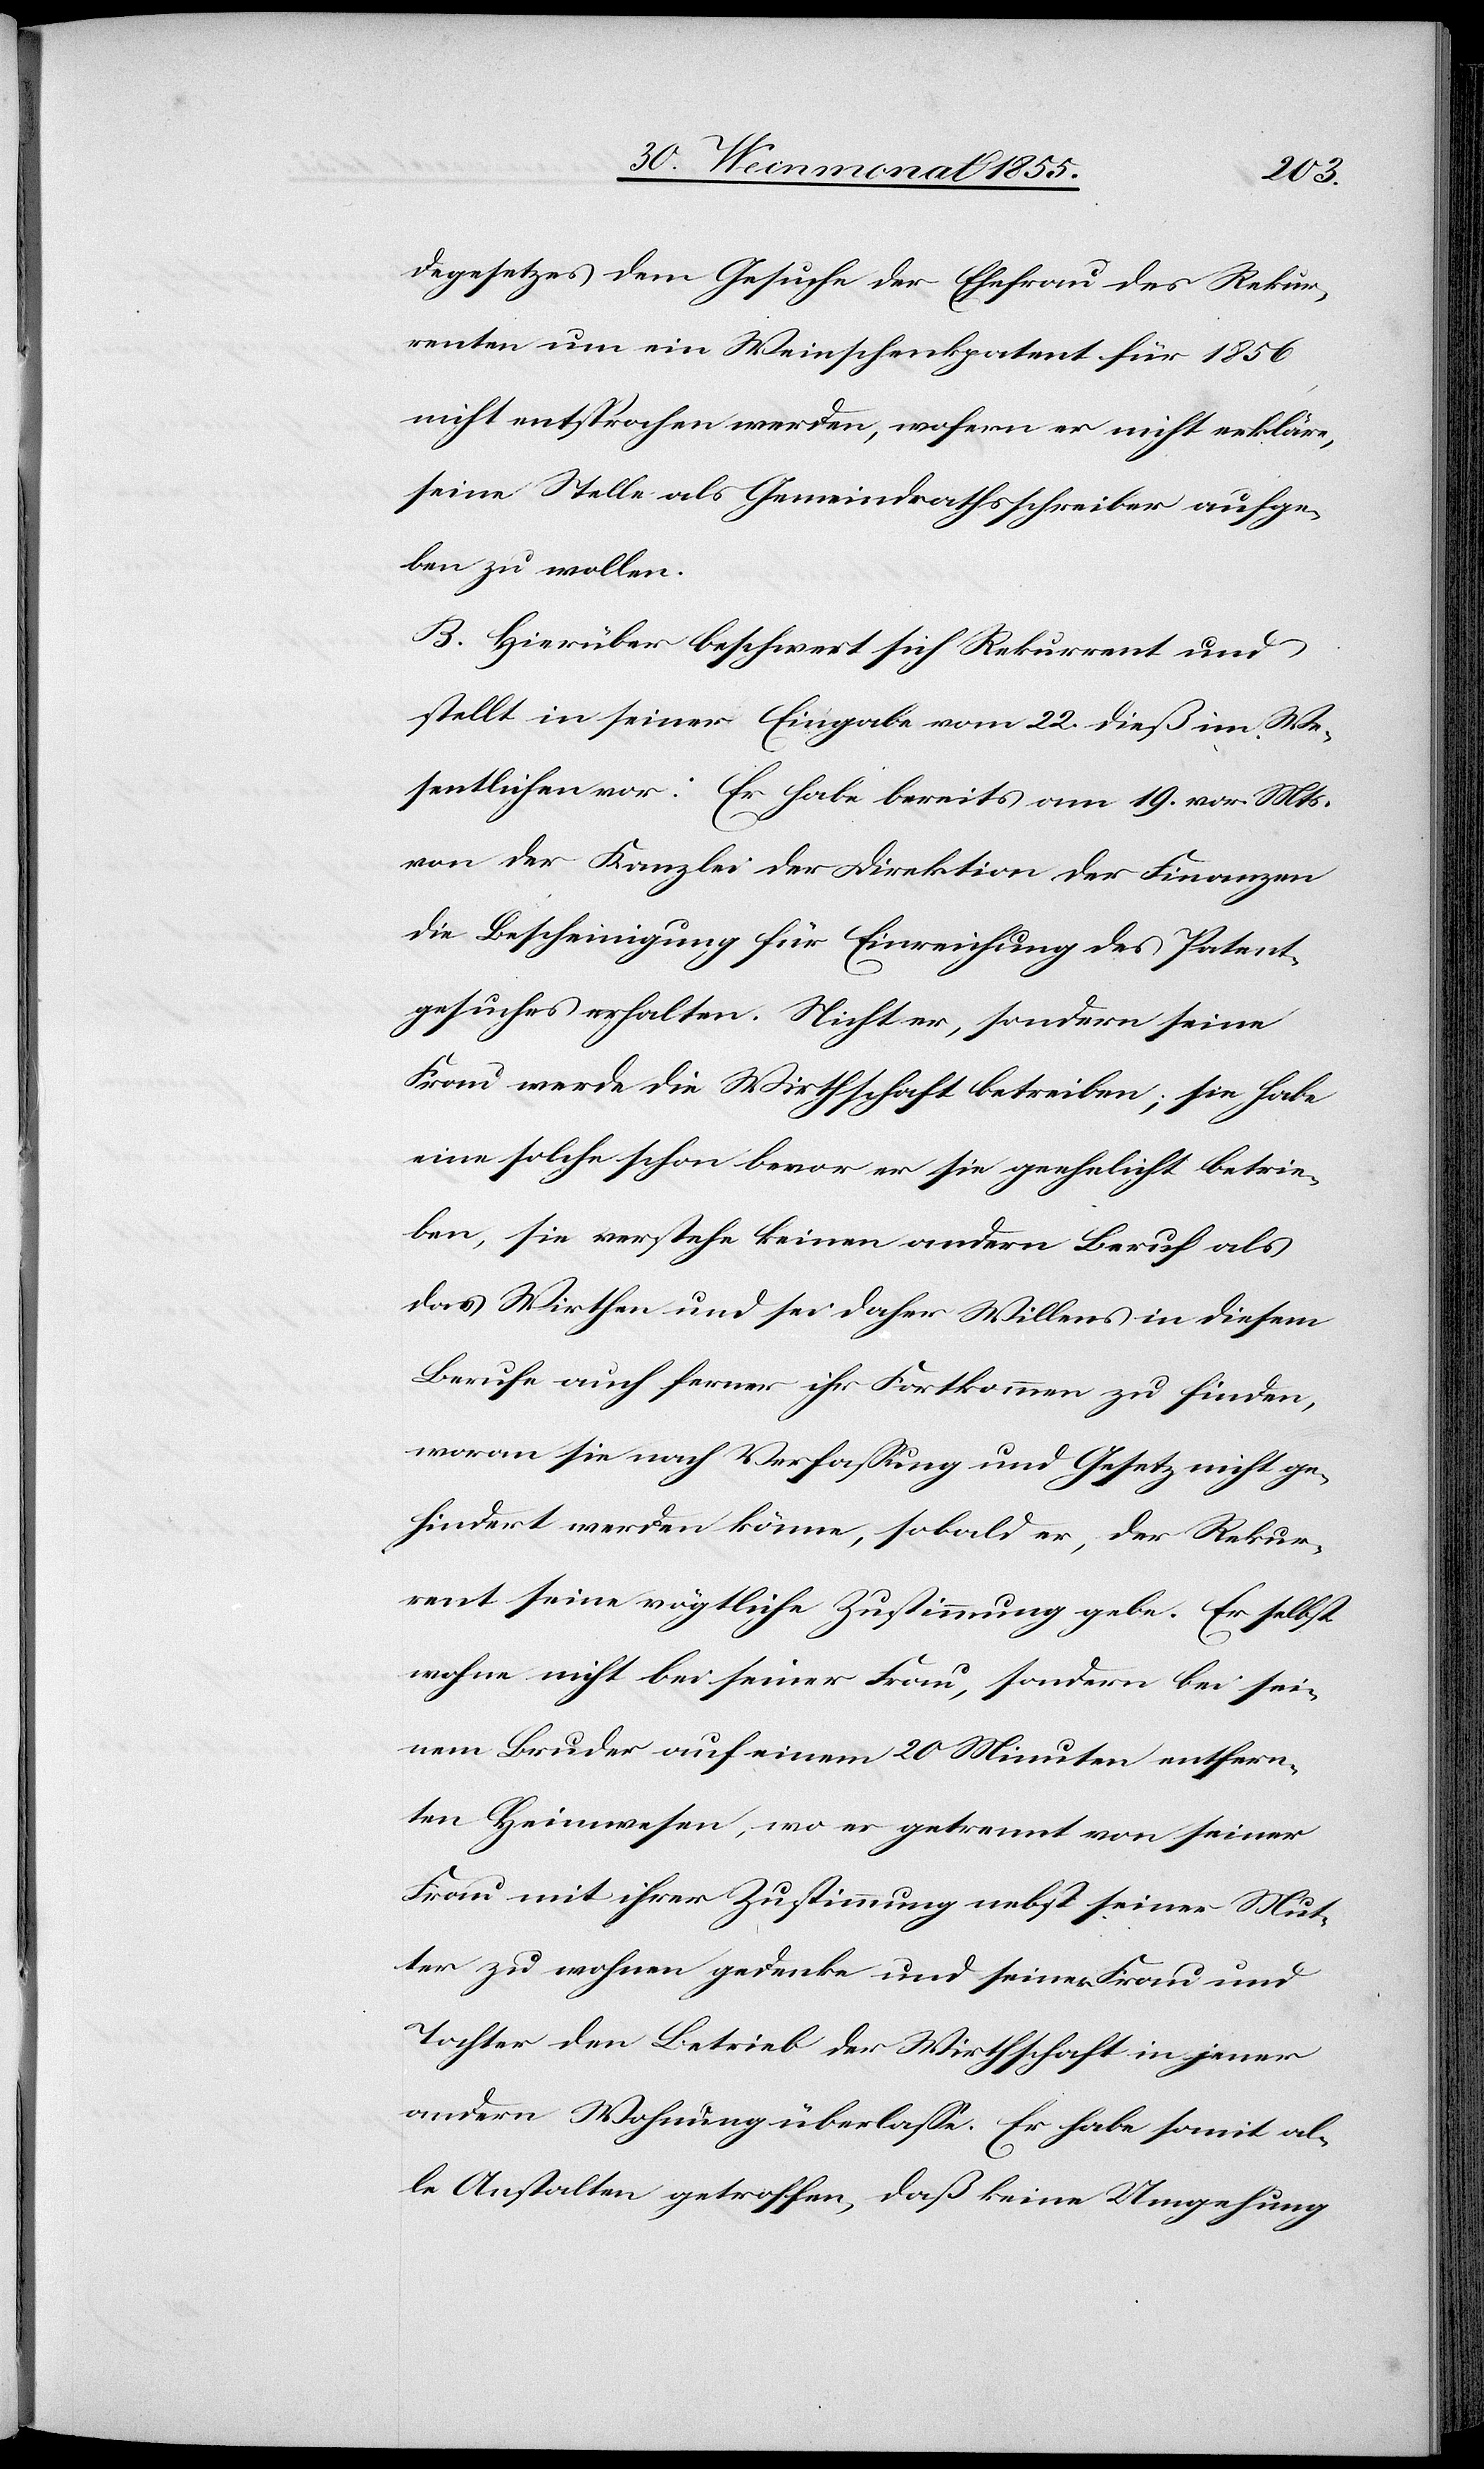
degesetzes dem Gesuche der Ehefrau des Rekur¬
renten um ein Weinschenkpatent für 1856
nicht entsprochen werden, wofern er nicht erkläre,
seine Stelle als Gemeindrathsschreiber aufge¬
ben zu wollen.
B. Hierüber beschwert sich Rekurrent und
stellt in seiner Eingabe vom 22. dieß im We¬
sentlichen vor: Er habe bereits am 19. vor. Mts.
von der Kanzlei der Direktion der Finanzen
die Bescheinigung für Einreichung des Patent¬
gesuches erhalten. Nicht er, sondern seine
Frau werde die Wirthschaft betreiben; sie habe
eine solche schon bevor er sie geehelicht betrie¬
ben, sie verstehe keinen andern Beruf als
das Wirthen und sei daher Willens in diesem
Berufe auch ferner ihr Fortkommen zu finden,
woran sie nach Verfassung und Gesetz nicht ge¬
hindert werden könne, sobald er, der Rekur¬
rent seine vögtliche Zustimmung gebe. Er selbst
wohne nicht bei seiner Frau, sondern bei sei¬
nem Bruder auf einem 20 Minuten entfern¬
ten Heimwesen, wo er getrennt von seiner
Frau mit ihrer Zustimmung nebst seiner Mut¬
ter zu wohnen gedenke und seiner Frau und
Tochter den Betrieb der Wirthschaft in jener
andern Wohnung überlasse. Er habe somit al¬
le Anstalten getroffen, daß keine Umgehung